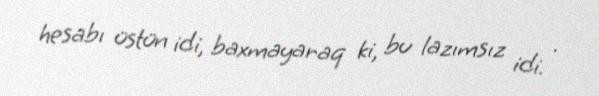
hesabı üstün idi, baxmayaraq ki, bu lazımsız idi. .